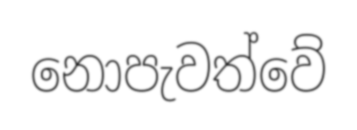
නොපැවත්වේ